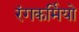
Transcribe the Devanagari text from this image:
रंगकर्मियो